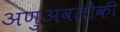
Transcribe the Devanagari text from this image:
अणुअवलोकी